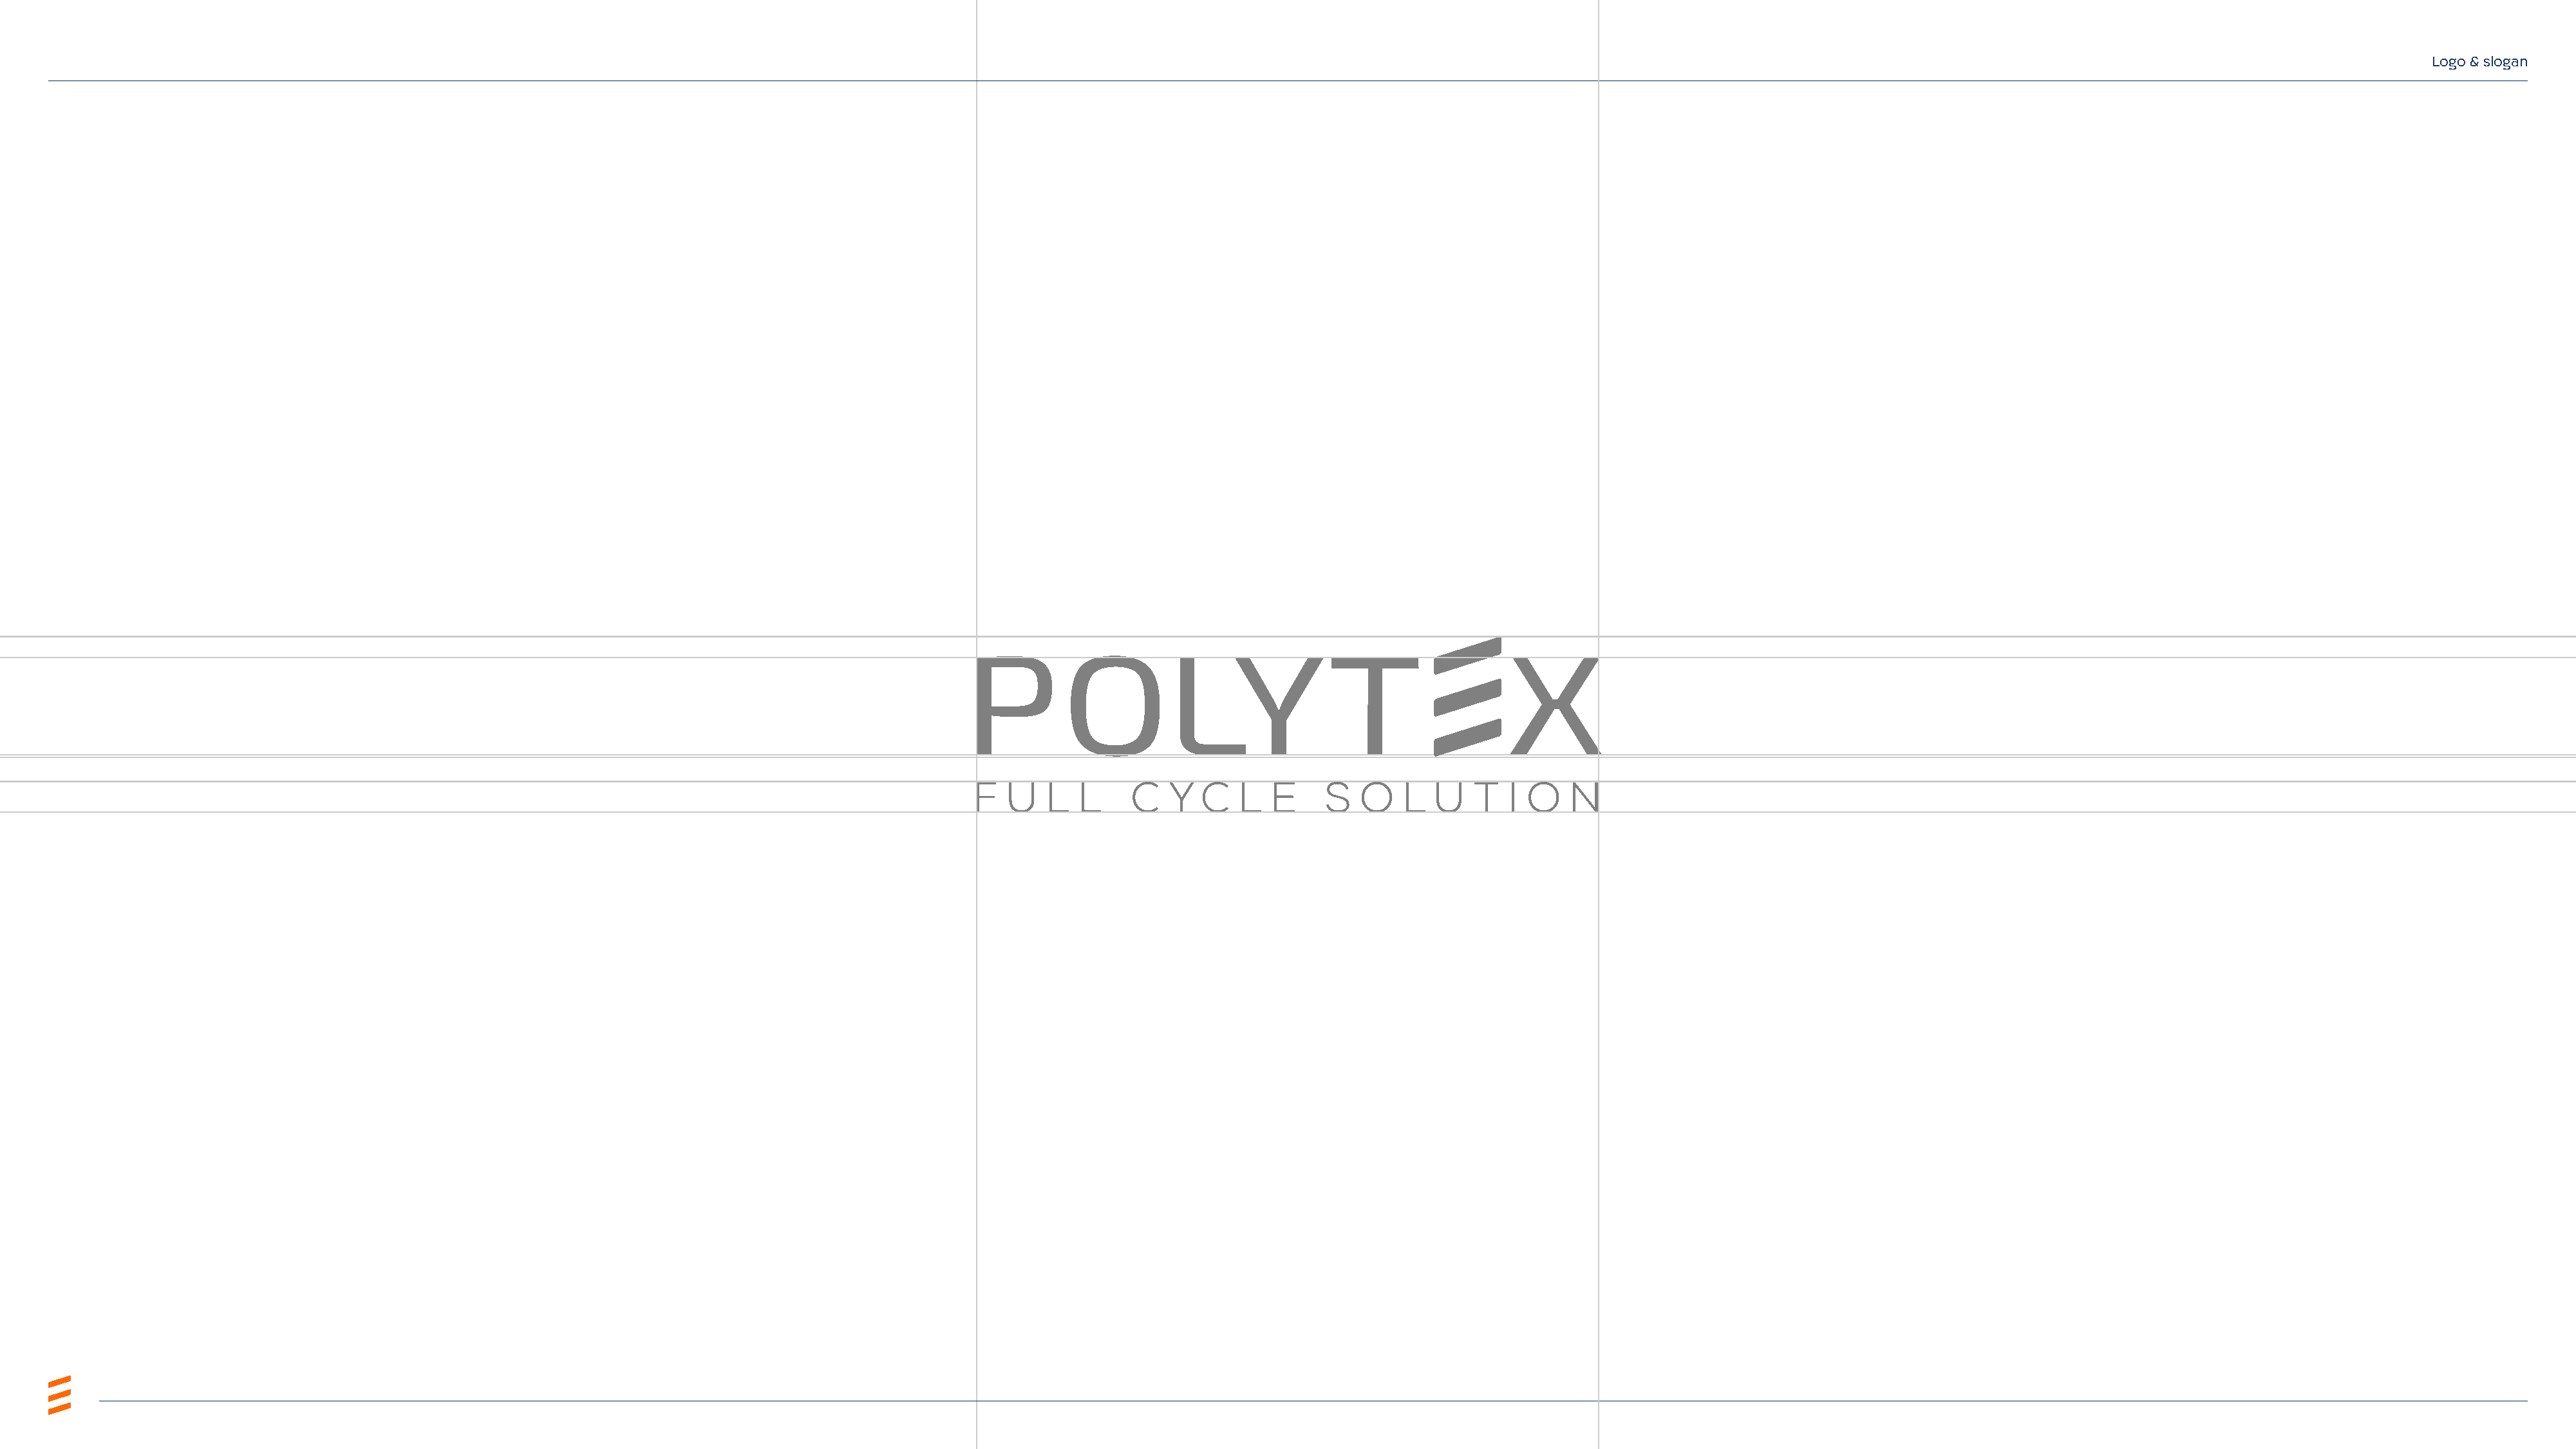
Logo & slogan
 -   -
 --------------------.------=-------==-=L~                                                                                       ~=-------=-~    --~-= =------==-----=-----.=----------------
 _     _      _     _     _      _     _     _      _     _     _     _      _     _     _      _,F     ITL---=c=CTCI_E_S_OLITIIO~,-                                        -     -     -      -     -     -      -     -     -      -     -     -      -     -     -
 ,,,,,,,
 :::: -     -      -     -      -     -      -     -     -      -     -      -     -      -     -     -      -     -      -     -      -     -      -     -     -      -     -      -     -      -     -     -      -     -      -     -      -     -     -